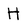
Character: H